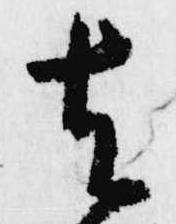
去